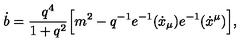
\dot { b } = \frac { q ^ { 4 } } { 1 + q ^ { 2 } } \Bigl [ m ^ { 2 } - q ^ { - 1 } e ^ { - 1 } ( \dot { x } _ { \mu } ) e ^ { - 1 } ( \dot { x } ^ { \mu } ) \Bigr ] ,